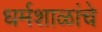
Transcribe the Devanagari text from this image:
धर्मशाळांचे